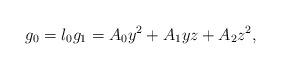
LaTeX: \begin{align*}g_0 = l_0 g_1 = A_0 y^2+ A_1 yz + A_2 z^2,\end{align*}